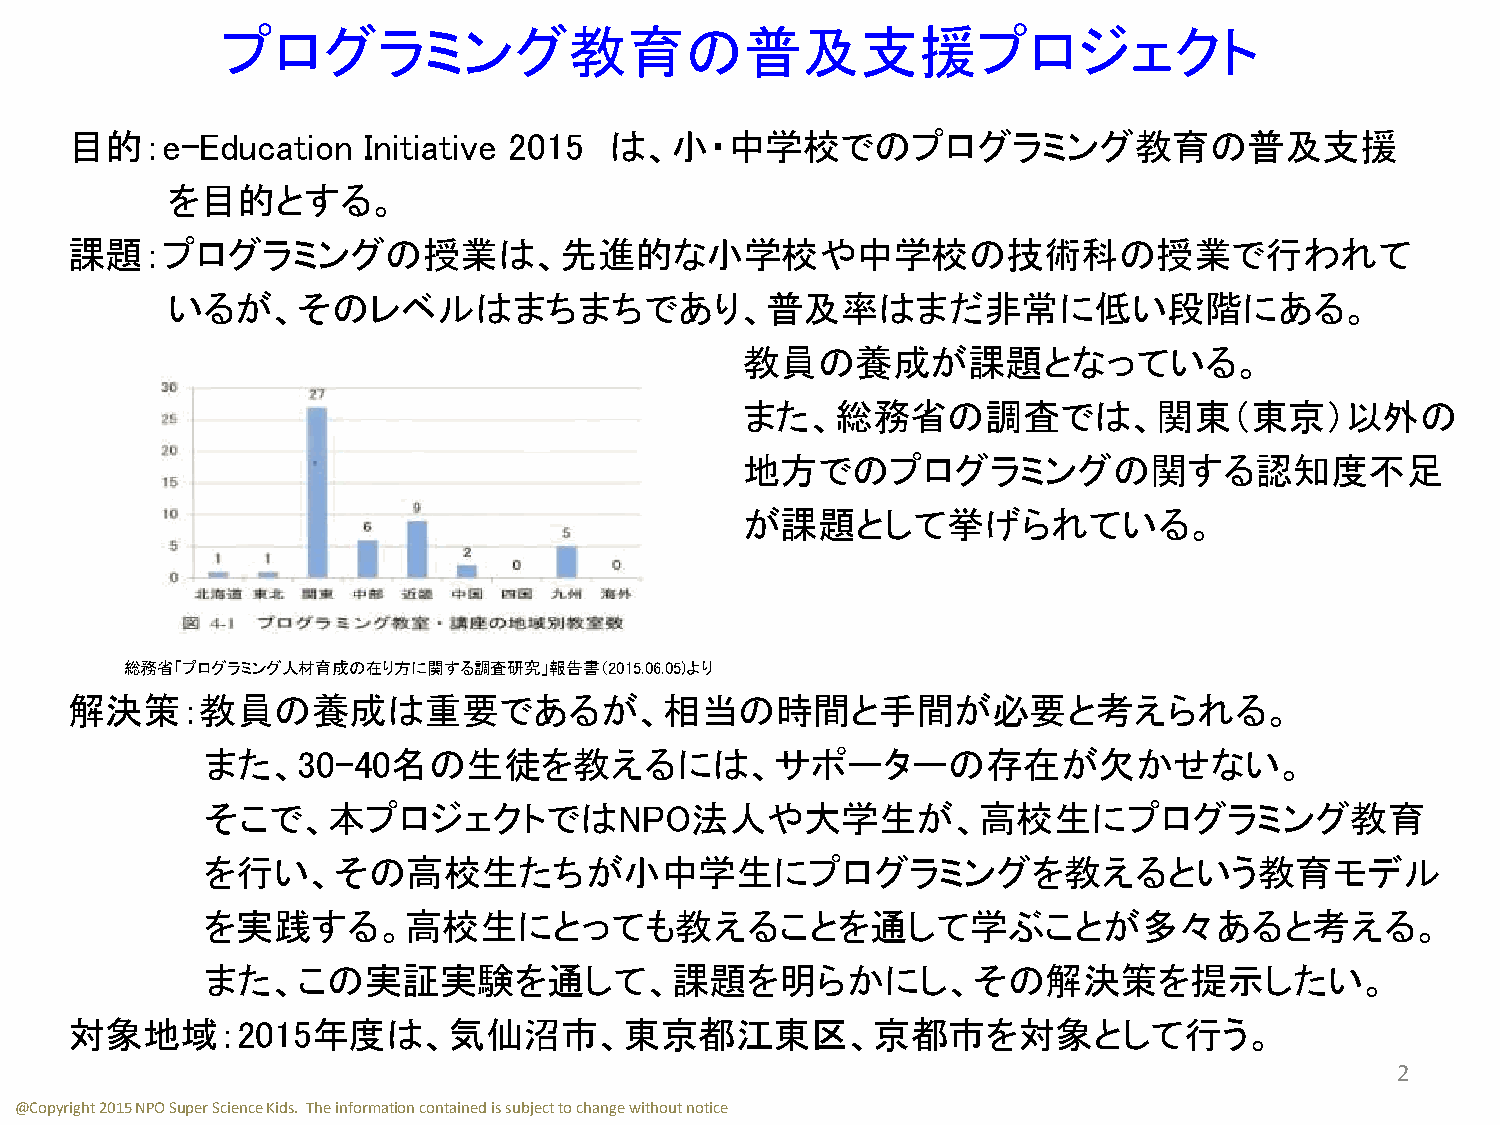
プログラミング教育の普及支援プロジェクト
 目的：e-Education     Initiative 2015 は、小・中学校でのプログラミング教育の普及支援
 を目的とする。
 課題：プログラミングの授業は、先進的な小学校や中学校の技術科の授業で行われて
 いるが、そのレベルはまちまちであり、普及率はまだ非常に低い段階にある。
 教員の養成が課題となっている。
 また、総務省の調査では、関東（東京）以外の
 地方でのプログラミングの関する認知度不足
 が課題として挙げられている。
 総務省「プログラミング人材育成の在り方に関する調査研究」報告書（2015.06.05)より
 解決策：教員の養成は重要であるが、相当の時間と手間が必要と考えられる。
 また、30-40名の生徒を教えるには、サポーターの存在が欠かせない。
 そこで、本プロジェクトではNPO法人や大学生が、高校生にプログラミング教育
 を行い、その高校生たちが小中学生にプログラミングを教えるという教育モデル
 を実践する。高校生にとっても教えることを通して学ぶことが多々あると考える。
 また、この実証実験を通して、課題を明らかにし、その解決策を提示したい。
 対象地域：2015年度は、気仙沼市、東京都江東区、京都市を対象として行う。
 2
 @Copyright 2015 NPO Super Science Kids. The information contained is subject to change without notice